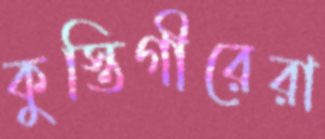
কুস্তিগীরেরা